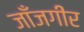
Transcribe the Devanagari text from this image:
जाँजगीर